Punjab Mental Hospital Lahore 1932-46 - 1932-1946
Year: 1932
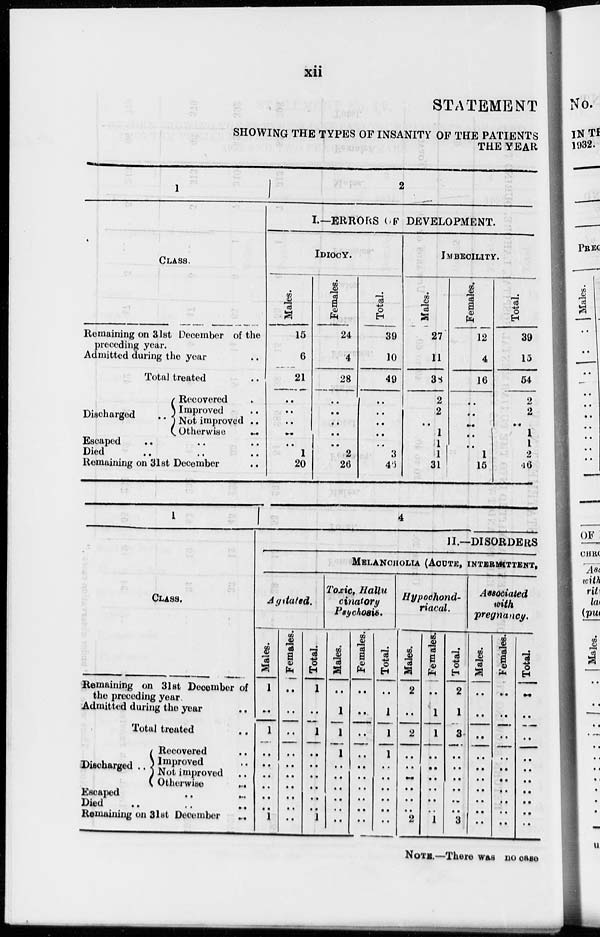
xii
STATEMENT
SHOWING THE TYPES OF INSANITY OF THE PATIENTS
THE YEAR
1
CLASS.
Remaining on 31st December of the
preceding year.
Admitted during the year ..
Total treated ..
Discharged
..
Recovered ..
Improved ..
Not improved ..
Otherwise
..
Escaped .. .. ..
Died .. .. ..
Remaining on 31st December ..
2
I.—ERRORS OF DEVELOPMENT.
IDIOCY.
Males.
15
6
21
..
..
..
..
..
1
20
Females.
24
4
28
..
..
..
..
..
2
26
Total.
39
10
49
..
..
..
..
..
3
46
IMBECILITY.
Males.
27
11
38
2
2
..
1
1
1
31
Females.
12
4
16
..
..
..
.. ..
1
15
Total.
39
15
54
2
2
..
1
1
2
46
1
CLASS.
Remaining on 31st December of
the preceding year
Admitted during the year ..
Total treated ..
Discharged ..
Recovered ..
Improved ..
Not improved ..
Otherwise ..
Escaped .. ..
Died .. .. ..
Remaining on 31st December
..
4
II.—DISORDERS.
MELANCHOLIA (ACUTE, INTERMITTENT,
Agulated.
Males.
1
..
1
..
..
..
..
..
..
1
Females.
..
..
..
..
..
..
..
..
..
..
Total.
1
..
1
..
..
..
..
..
..
1
Toxic, Hallu
cinatory
Psychosis.
Males.
..
1
1
1
..
..
..
..
..
..
Females.
..
..
..
..
..
..
..
..
..
..
Total.
..
1
1
1
..
..
..
..
..
..
Hypochond-
riacal.
Males.
2
..
2
..
..
..
..
..
..
2
Females.
..
1
1
..
..
..
..
..
..
1
Total.
2
1
3
..
..
..
..
..
..
3
Associated
with
pregnancy.
Males.
..
..
..
..
..
..
..
..
..
..
Females.
..
..
..
..
..
..
..
..
..
..
Total.
..
..
..
..
..
..
..
..
..
..
NOTE.—There was no case